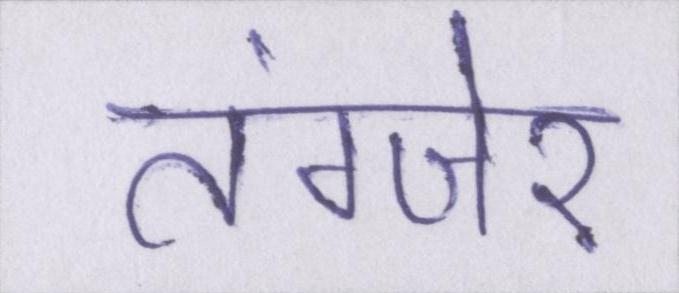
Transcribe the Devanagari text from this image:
तंग्जेर